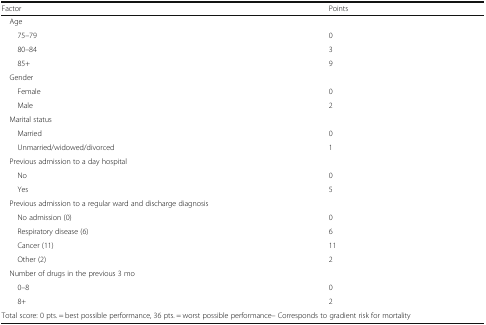
<table><thead><tr><td><b>Factor</b></td><td><b>Points</b></td></tr></thead><tbody><tr><td colspan="2"> Age</td></tr><tr><td>75–79</td><td>0</td></tr><tr><td>80–84</td><td>3</td></tr><tr><td>85+</td><td>9</td></tr><tr><td colspan="2"> Gender</td></tr><tr><td>Female</td><td>0</td></tr><tr><td>Male</td><td>2</td></tr><tr><td colspan="2"> Marital status</td></tr><tr><td>Married</td><td>0</td></tr><tr><td>Unmarried/widowed/divorced</td><td>1</td></tr><tr><td colspan="2"> Previous admission to a day hospital</td></tr><tr><td>No</td><td>0</td></tr><tr><td>Yes</td><td>5</td></tr><tr><td colspan="2"> Previous admission to a regular ward and discharge diagnosis</td></tr><tr><td>No admission (0)</td><td>0</td></tr><tr><td>Respiratory disease (6)</td><td>6</td></tr><tr><td>Cancer (11)</td><td>11</td></tr><tr><td>Other (2)</td><td>2</td></tr><tr><td colspan="2"> Number of drugs in the previous 3 mo</td></tr><tr><td>0–8</td><td>0</td></tr><tr><td>8+</td><td>2</td></tr><tr><td colspan="2">Total score: 0 pts. = best possible performance, 36 pts. = worst possible performance– Corresponds to gradient risk for mortality</td></tr></tbody></table>